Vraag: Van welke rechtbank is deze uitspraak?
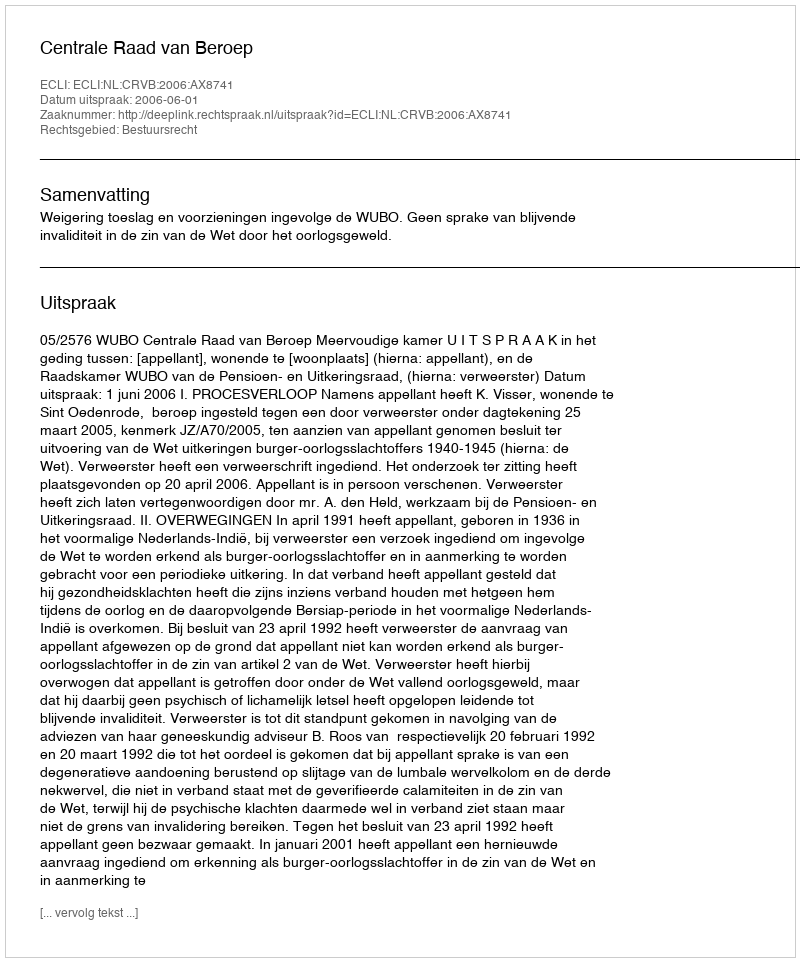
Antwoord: Centrale Raad van Beroep